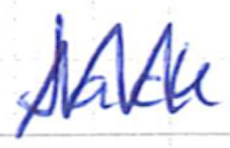
Text: Jack
Cross-out: zig-zag
Writing tool: ballpoint